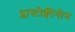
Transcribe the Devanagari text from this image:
प्लास्टोक्वीनोन